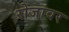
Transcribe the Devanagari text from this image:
रोजावर